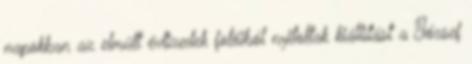
napokban az elmúlt évtizedek fotóiból nyitottak kiállítást a József